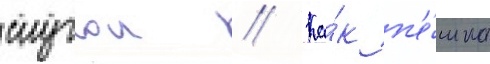
слугои // Ка́к п'е́шка